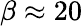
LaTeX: \beta\approx 20